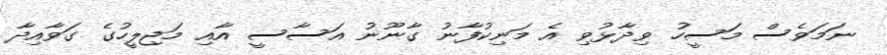
ނަމަވެސް މަސީހު ވިދާޅުވި އެ މަނިކުފާނު ގާނޫނު އަސާސީ އާއި މަޖިލީހުގެ ގަވާއިދާ